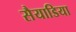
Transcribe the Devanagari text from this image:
सैयाडिया